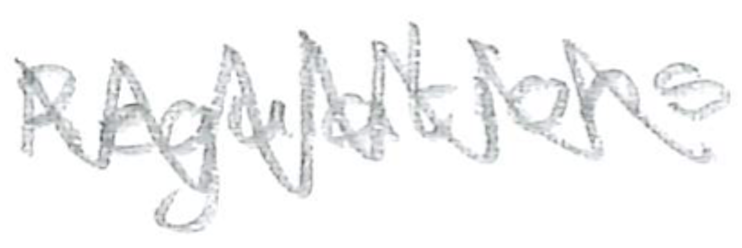
Text: Regulations
Cross-out: zig-zag
Writing tool: pencil